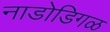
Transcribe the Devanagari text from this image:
नाडोडिगळ